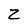
Character: Z